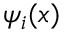
\psi _ { i } ( x )